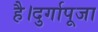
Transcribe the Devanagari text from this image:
है।दुर्गापूजा